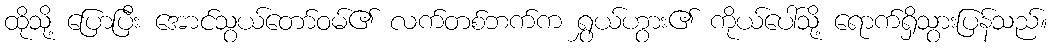
ထိုသို့ ပြောပြီး အောင်သွယ်တော်ဝမ်၏ လက်တစ်ဘက်က ရွှယ်ဟွား၏ ကိုယ်ပေါ်သို့ ရောက်ရှိသွားပြန်သည်။